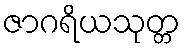
ဇာဂရိယသုတ္တ